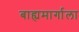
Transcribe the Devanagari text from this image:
बाह्यमार्गाला